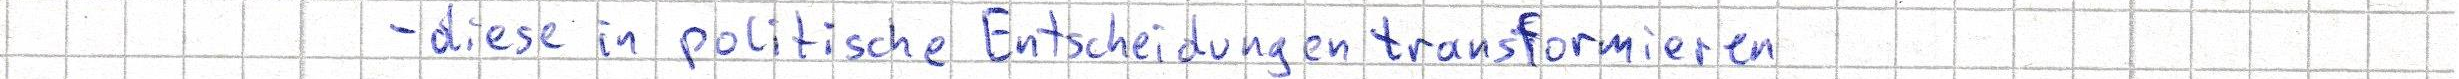
- diese in politische Entscheidungen transformieren